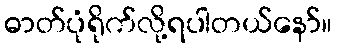
ဓာတ်ပုံရိုက်လို့ရပါတယ်နော်။